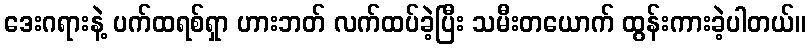
ဒေးဂရားနဲ့ ပက်ထရစ်ရှာ ဟားဘတ် လက်ထပ်ခဲ့ပြီး သမီးတယောက် ထွန်းကားခဲ့ပါတယ်။